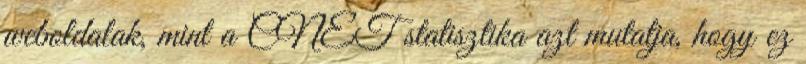
weboldalak, mint a CNET statisztika azt mutatja, hogy ez